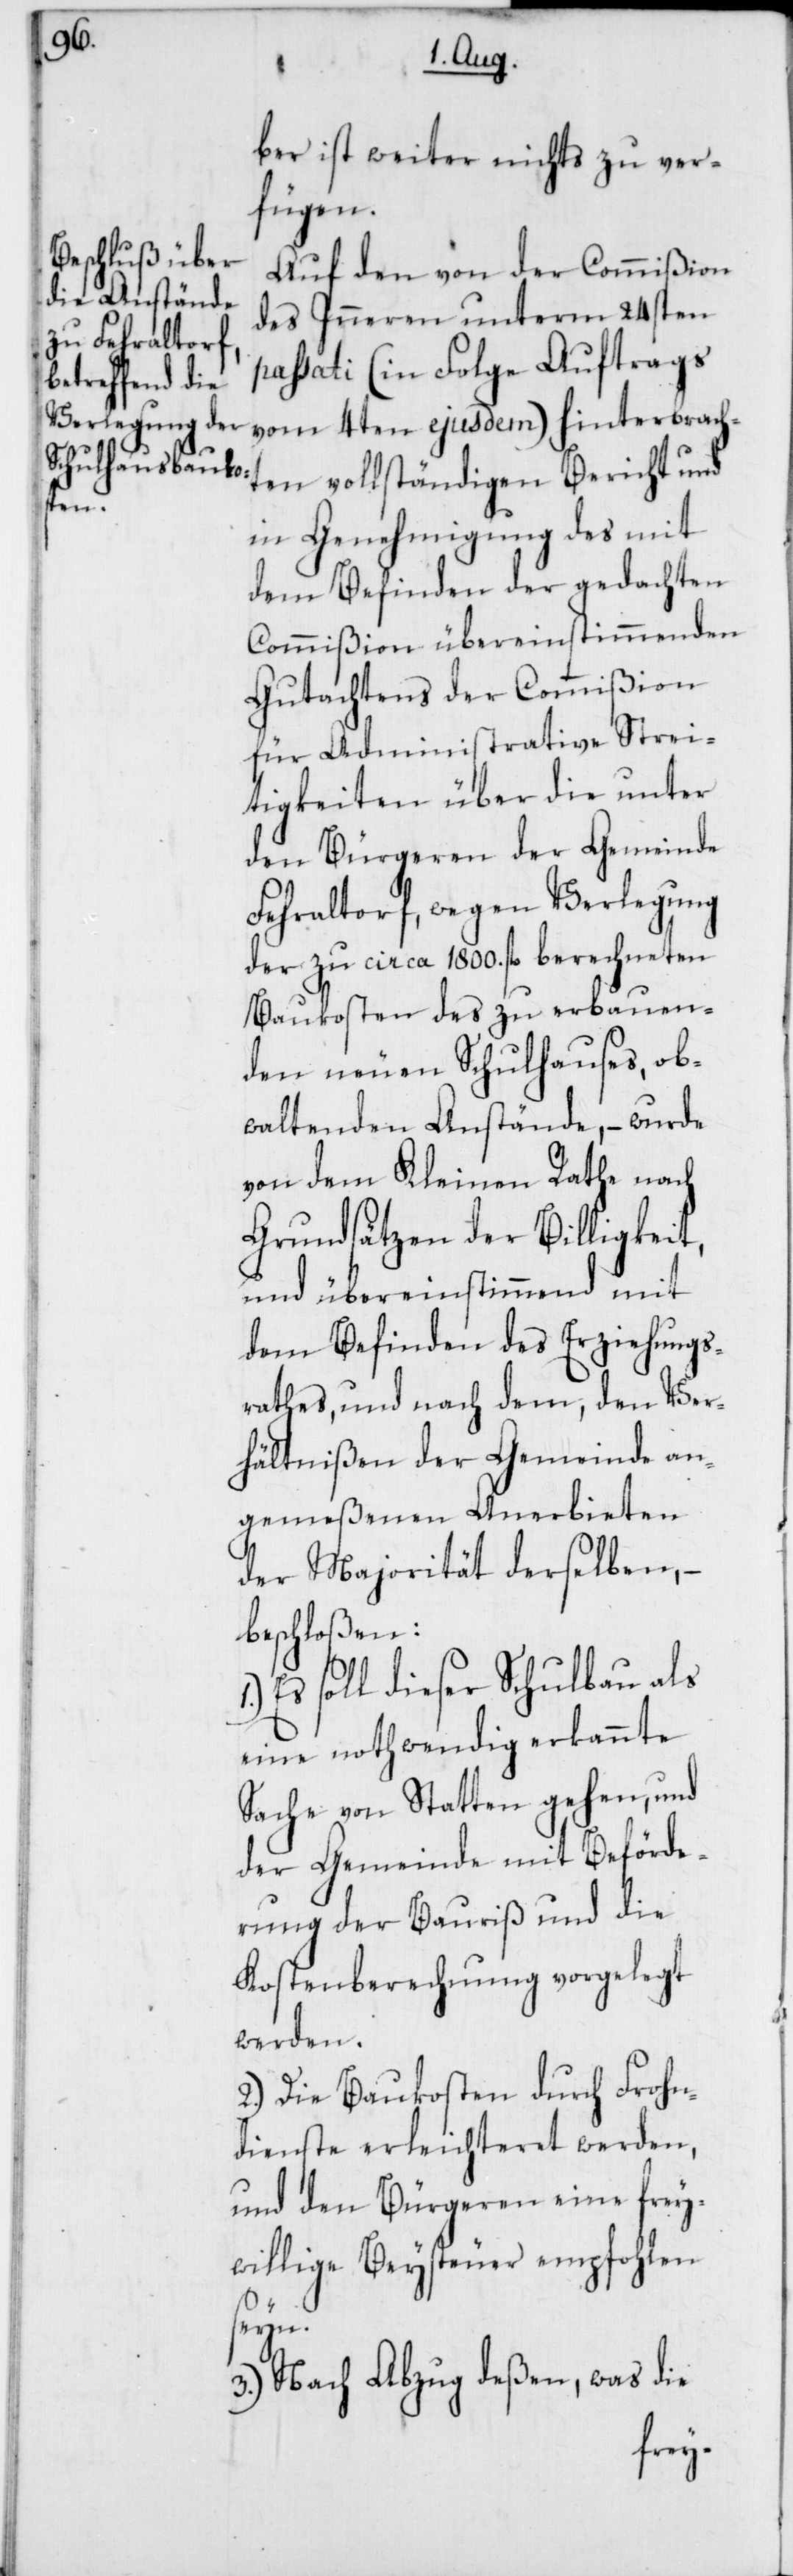
ber ist weiter nichts zu ver¬
fügen.
Auf den von der Commißion
des Inneren unterm 24sten
passati (in Folge Auftrags
vom 4ten ejusdem) hinterbracht¬
en vollständigen Bericht und
in Genehmigung des mit
dem Befinden der gedachten
Commißion übereinstimmenden
Gutachtens der Commißion
für Administrative Strei¬
tigkeiten über die unter
den Bürgeren der Gemeinde
Fehraltorf, wegen Verlegung
der zu circa 1800. fl. berechneten
Baukosten des zu erbauen¬
den neuen Schulhauses, ob¬
waltenden Anstände, – wurde
von dem Kleinen Rathe nach
Grundsätzen der Billigkeit,
und übereinstimmend mit
dem Befinden des Erziehungs¬
rathes, und nach dem, den Ver¬
hältnißen der Gemeinde an¬
gemeßenen Anerbieten
der Majorität derselben, –
beschloßen:
Es soll dieser Schulbau als
eine nothwendig erkannte
Sache von Statten gehen, und
der Gemeinde mit Beförde¬
rung der Bauriß und die
Kostenberechnung vorgelegt
werden.
2.) Die Baukosten durch Frohn¬
dienste erleichteret werden,
und den Bürgeren eine frey¬
willige Beysteuer empfohlen
seyn.
3.) Nach Abzug deßen, was die